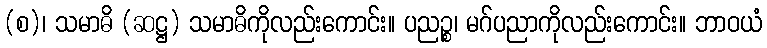
(စ)၊ သမာဓိ (ဆဋ္ဌ) သမာဓိကိုလည်းကောင်း။ ပညဉ္စ၊ မဂ်ပညာကိုလည်းကောင်း။ ဘာဝယံ